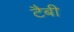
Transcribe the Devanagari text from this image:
टैबी